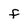
Character: f